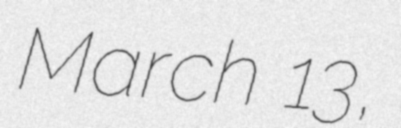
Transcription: March 13,